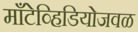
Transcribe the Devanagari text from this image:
माँटेव्हिडियोजवळ